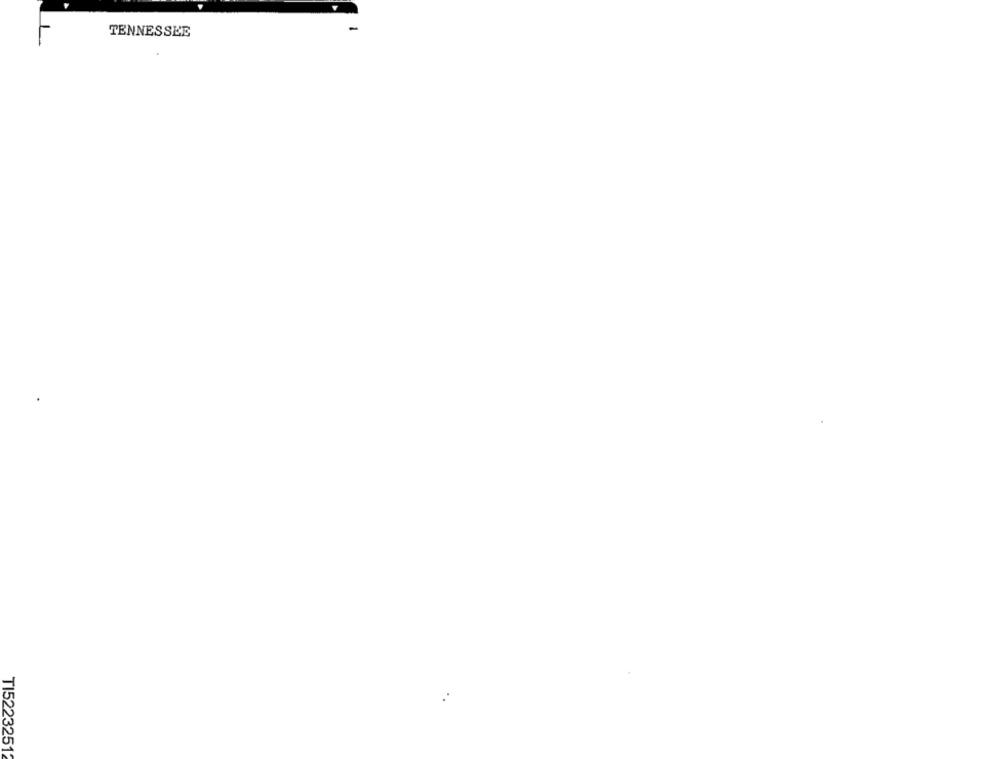
TENNESSEE
TI52232512